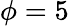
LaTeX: \phi=5